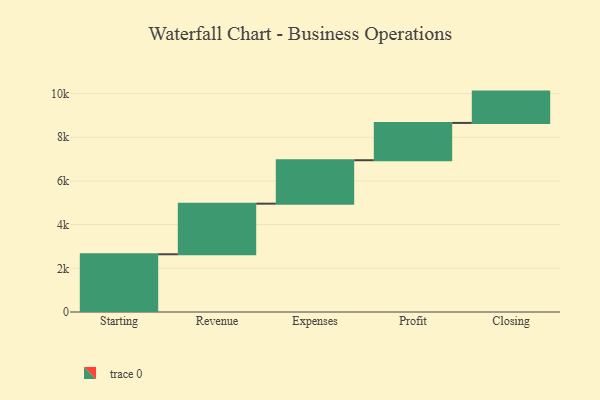
{"axis": {"x": "Step", "y": "Value"}, "legend": [""], "data": [{"x": "Starting", "y": 2643.0, "type": ""}, {"x": "Revenue", "y": 2317.0, "type": ""}, {"x": "Expenses", "y": 1989.0, "type": ""}, {"x": "Profit", "y": 1708.0, "type": ""}, {"x": "Closing", "y": 1434.0, "type": ""}]}